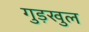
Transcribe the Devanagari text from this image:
गुड़खुल